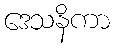
ဒေသနိကာ